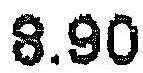
8.90